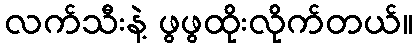
လက်သီးနဲ့ ဖွဖွထိုးလိုက်တယ်။